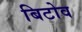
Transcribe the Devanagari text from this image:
बिटोव